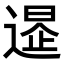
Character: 𨕲